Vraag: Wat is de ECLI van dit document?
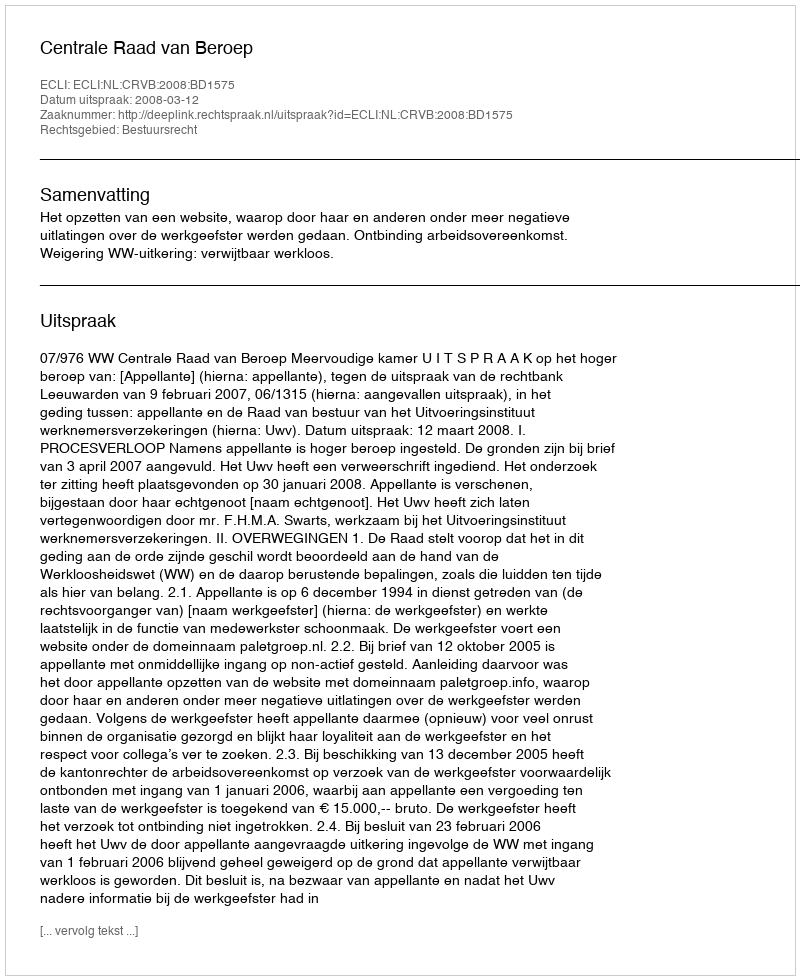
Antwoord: ECLI:NL:CRVB:2008:BD1575